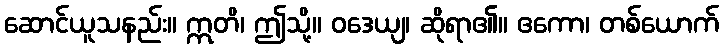
ဆောင်ယူသနည်း။ ဣတိ၊ ဤသို့။ ဝဒေယျ၊ ဆိုရာ၏။ ဧကော၊ တစ်ယောက်